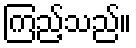
ကြည့်သည်။